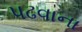
પઢવાના